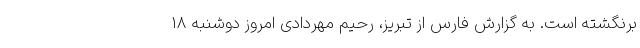
برنگشته است. به گزارش فارس از تبریز، رحیم مهردادی امروز دوشنبه 18